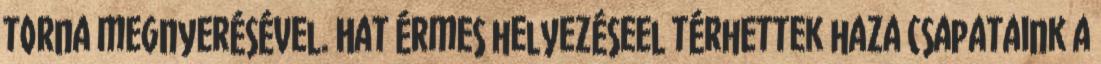
torna megnyerésével. Hat érmes helyezéseel térhettek haza csapataink a